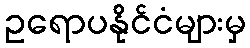
ဥရောပနိုင်ငံများမှ